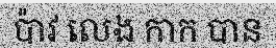
ប៉ាវ លេង កាក បាន